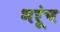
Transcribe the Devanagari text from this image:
भरूंच